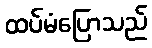
ထပ်မံပြောသည်